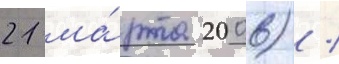
21 ма́рта 2006) /